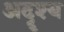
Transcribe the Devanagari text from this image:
अदॄश्य